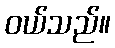
ဝယ်သည်။